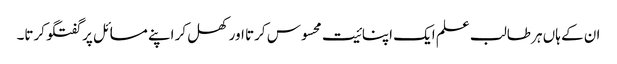
ان کے ہاں ہر طالب علم ایک اپنائیت محسوس کرتا اور کھل کر اپنے مسائل پر گفتگو کرتا۔